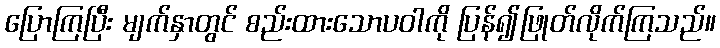
ပြောကြပြီး မျက်နှာတွင် စည်းထားသောပဝါကို ပြန်၍ဖြုတ်လိုက်ကြသည်။